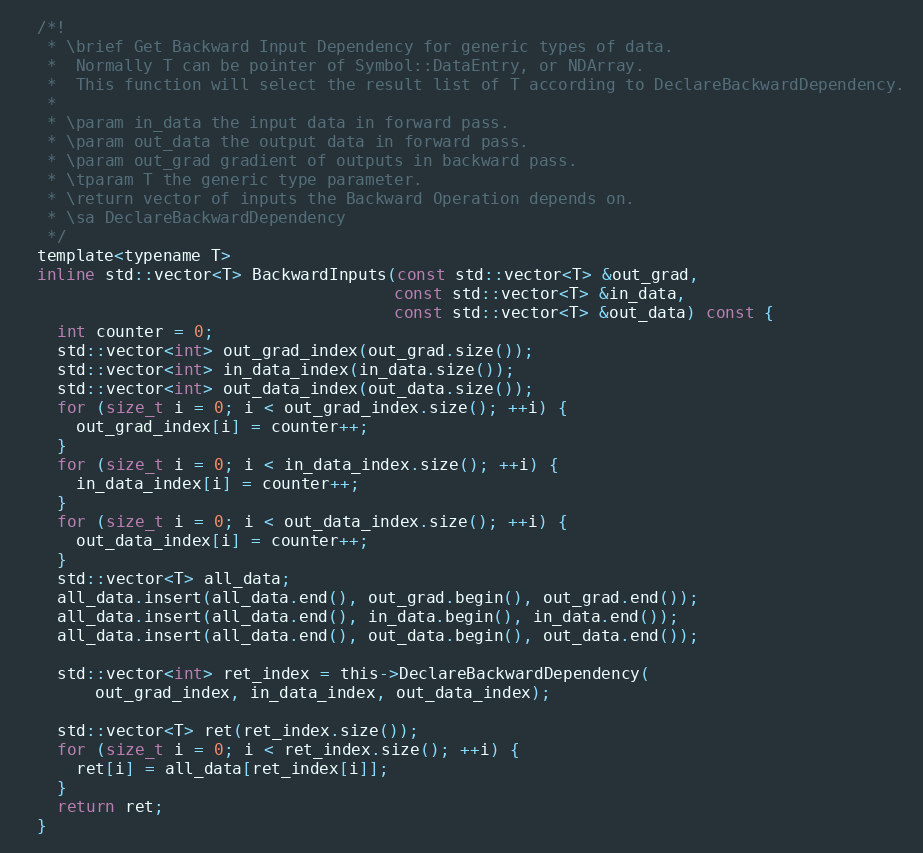
Language: C
  /*!
   * \brief Get Backward Input Dependency for generic types of data.
   *  Normally T can be pointer of Symbol::DataEntry, or NDArray.
   *  This function will select the result list of T according to DeclareBackwardDependency.
   *
   * \param in_data the input data in forward pass.
   * \param out_data the output data in forward pass.
   * \param out_grad gradient of outputs in backward pass.
   * \tparam T the generic type parameter.
   * \return vector of inputs the Backward Operation depends on.
   * \sa DeclareBackwardDependency
   */
  template<typename T>
  inline std::vector<T> BackwardInputs(const std::vector<T> &out_grad,
                                       const std::vector<T> &in_data,
                                       const std::vector<T> &out_data) const {
    int counter = 0;
    std::vector<int> out_grad_index(out_grad.size());
    std::vector<int> in_data_index(in_data.size());
    std::vector<int> out_data_index(out_data.size());
    for (size_t i = 0; i < out_grad_index.size(); ++i) {
      out_grad_index[i] = counter++;
    }
    for (size_t i = 0; i < in_data_index.size(); ++i) {
      in_data_index[i] = counter++;
    }
    for (size_t i = 0; i < out_data_index.size(); ++i) {
      out_data_index[i] = counter++;
    }
    std::vector<T> all_data;
    all_data.insert(all_data.end(), out_grad.begin(), out_grad.end());
    all_data.insert(all_data.end(), in_data.begin(), in_data.end());
    all_data.insert(all_data.end(), out_data.begin(), out_data.end());

    std::vector<int> ret_index = this->DeclareBackwardDependency(
        out_grad_index, in_data_index, out_data_index);

    std::vector<T> ret(ret_index.size());
    for (size_t i = 0; i < ret_index.size(); ++i) {
      ret[i] = all_data[ret_index[i]];
    }
    return ret;
  }